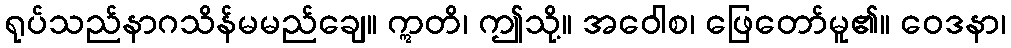
ရုပ်သည်နာဂသိန်မမည်ချေ။ ဣတိ၊ ဤသို့။ အဝေါစ၊ ဖြေတော်မူ၏။ ဝေဒနာ၊